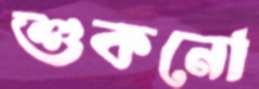
শুকনো